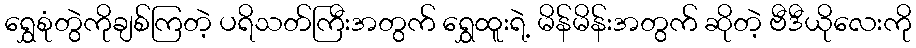
ရွှေစုံတွဲကိုချစ်ကြတဲ့ ပရိသတ်ကြီးအတွက် ရွှေထူးရဲ့ မိန်မိန်းအတွက် ဆိုတဲ့ ဗီဒီယိုလေးကို